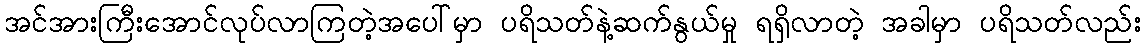
အင်အားကြီးအောင်လုပ်လာကြတဲ့အပေါ်မှာ ပရိသတ်နဲ့ဆက်နွယ်မှု ရရှိလာတဲ့ အခါမှာ ပရိသတ်လည်း